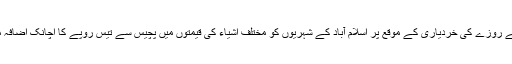
پہلے روزے کی خردیاری کے موقع پر اسلام آباد کے شہریوں کو مختلف اشیاء کی قیمتوں میں پچیس سے تیس روپے کا اچانک اضافہ ملا۔